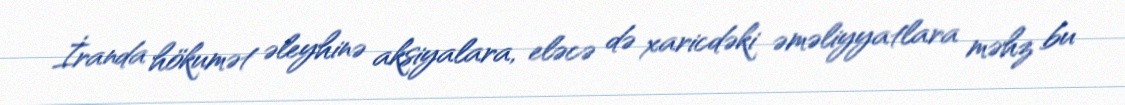
İranda hökumət əleyhinə aksiyalara, eləcə də xaricdəki əməliyyatlara məhz bu